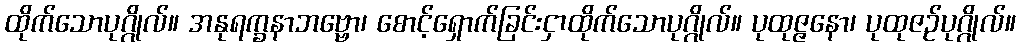
ထိုက်သောပုဂ္ဂိုလ်။ အနုရက္ခနာဘဗ္ဗော၊ စောင့်ရှောက်ခြင်းငှာထိုက်သောပုဂ္ဂိုလ်။ ပုထုဇ္ဇနော၊ ပုထုဇဉ်ပုဂ္ဂိုလ်။